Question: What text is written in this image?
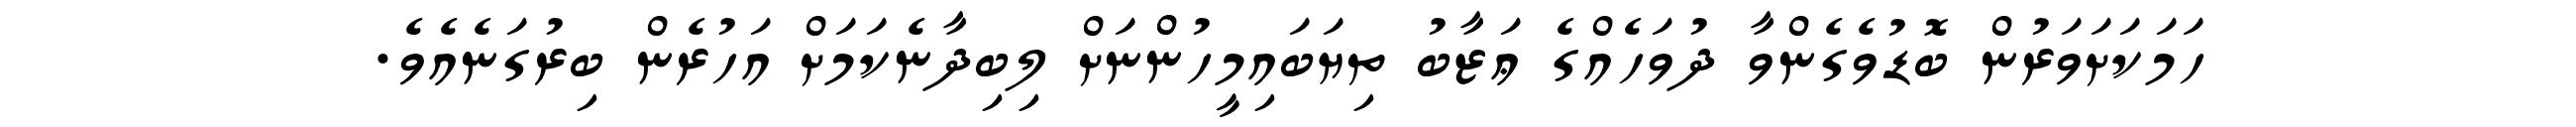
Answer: ހަމަކަށަވަރުން ބޮޑުވެގެންވާ ދުވަހެއްގެ ޢަޒާބު ތިޔަބައިމީހުންނަށް ލިބިދާނެކަމަށް އަހުރެން ބިރުގަނެއެވެ.